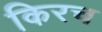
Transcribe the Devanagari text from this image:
किरच